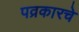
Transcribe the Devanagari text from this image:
पव्रकारचे